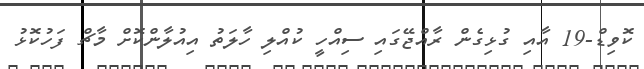
ކޮވިޑް-19 އާއި ގުޅިގެން ރާއްޖޭގައި ސިއްހީ ކުއްލި ހާލަތު އިއުލާންކޮށް މާޗް ފަހުކޮޅު